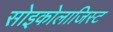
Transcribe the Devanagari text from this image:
सोइकोलाजिस्ट